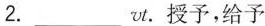
2.___vt.授予，给予